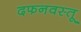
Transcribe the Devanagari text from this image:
दफनवस्तू